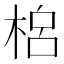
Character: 𣓡